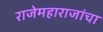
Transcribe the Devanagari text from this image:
राजेमहाराजांचा